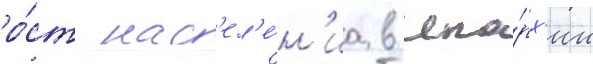
ро́ст нас'ел'е́н'иа в епа́рх'ии